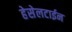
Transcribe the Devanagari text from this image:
हेसेलटाईन